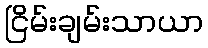
ငြိမ်းချမ်းသာယာ